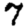
Digit: 7